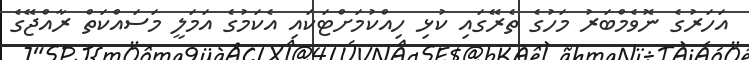
އަހަރުގެ ނޮވެމްބަރު މަހުގެ ތެރޭގައި ކުޅި ހިއްކުމަށްޓަކައި އެކަމުގެ އަމަލީ މަސައްކަތް ރާއްޖޭގެ